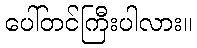
ပေါ်တင်ကြီးပါလား။